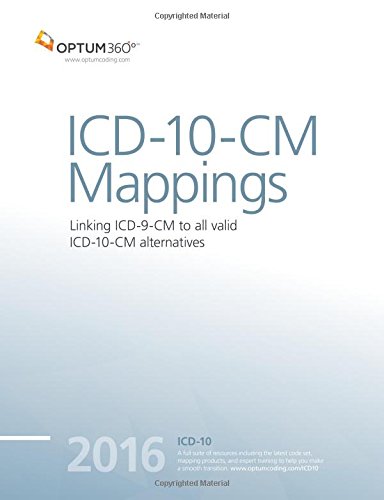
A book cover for ICD-10-CM Mappings 2016; Optum360; Medical Books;